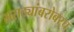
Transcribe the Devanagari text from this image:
मराठ्यांबरोबरच